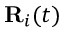
{ \bf R } _ { i } ( t )